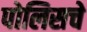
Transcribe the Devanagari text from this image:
पोलिसचे